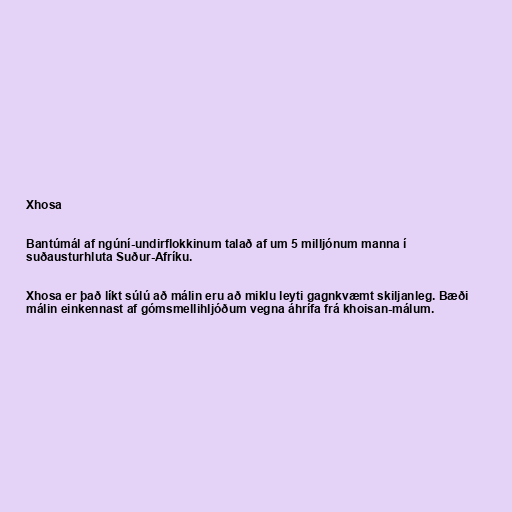
Xhosa

Bantúmál af ngúní-undirflokkinum talað af um 5 milljónum manna í
suðausturhluta Suður-Afríku.

Xhosa er það líkt súlú að málin eru að miklu leyti gagnkvæmt skiljanleg. Bæði
málin einkennast af gómsmellihljóðum vegna áhrífa frá khoisan-málum.